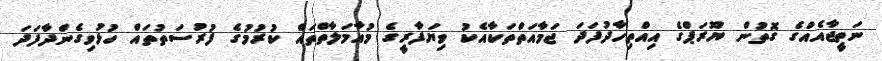
ނަތީޖާއެއްގެ ގޮތުން ޔޫރަޕްގެ އިއްތިހާދުފަދަ ޖަމާއަތްތަކާއެކު ވިޔަފާރީގެ މުއާމަލާތްތައް ކުރުމުގެ ފުރުސަތުތައް ހުޅުވިގެންދާފަދަ